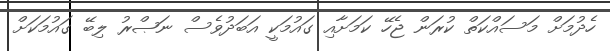
ހެދުމަށް މަސައްކަތް ކުރަން ޖެހޭ ކަމަށާއި ގައުމަކީ އަބަދުވެސް ނަޞްރު ލިބޭ ގައުމަކަށް